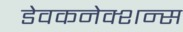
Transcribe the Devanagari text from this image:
डेवकनेक्शन्स